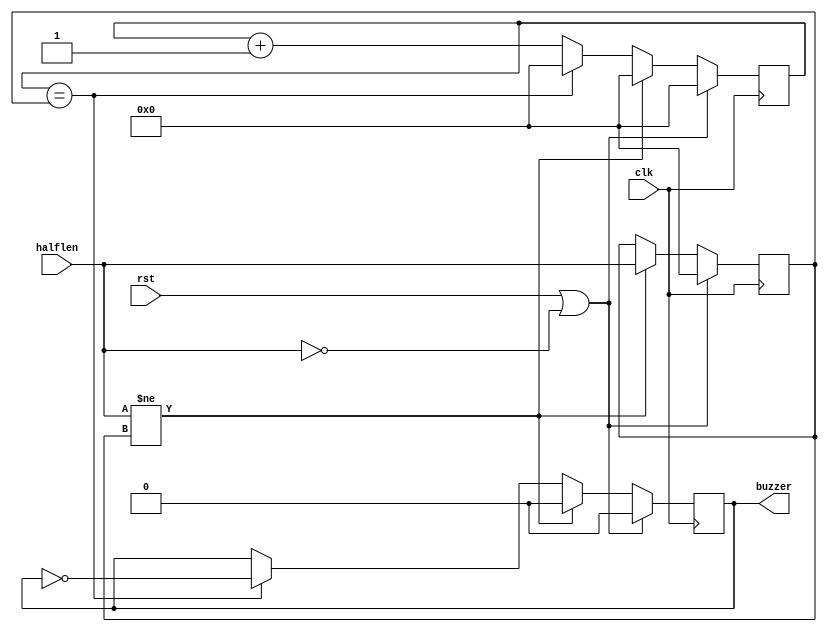

module buzzer(
    input  wire        clk,     // Must be 50 MHz
    input  wire        rst,
    input  wire [31:0] halflen, // 2.5e7 / f
    output reg         buzzer
    );

    reg [31:0] counter;
    reg [31:0] halflen_buffer;

    always @ (posedge clk) begin
        if (rst || halflen == 0) begin
            buzzer <= 0;
            counter <= 0;
            halflen_buffer <= 0;
        end
        else begin
            if (halflen != halflen_buffer) begin
                halflen_buffer <= halflen;
                buzzer <= 0;
                counter <= 0;
            end
            else begin
                if (counter == halflen_buffer) begin
                    buzzer <= ~buzzer;
                    counter <= 0;
                end
                else begin
                    counter <= counter + 1;
                end
            end
        end
    end

endmodule